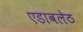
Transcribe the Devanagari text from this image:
एडावलेठ